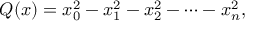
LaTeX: Q ( x ) = x _ { 0 } ^ { 2 } - x _ { 1 } ^ { 2 } - x _ { 2 } ^ { 2 } - \cdots - x _ { n } ^ { 2 } ,